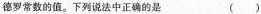
德罗常数的值。下列说法中正确的是()